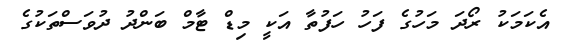
އެކަމަކު ރޯދަ މަހުގެ ފަހު ހަފުތާ އަކީ މިޑް ޓާމް ބަންދު ދުވަސްތަކުގެ